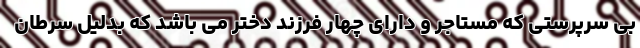
بی سرپرستی که مستاجر و دارای چهار فرزند دختر می باشد که بدلیل سرطان